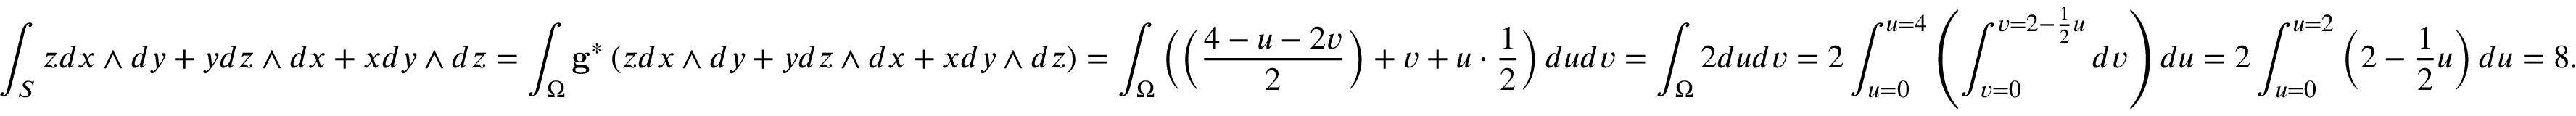
\int _ { S } z d x \wedge d y + y d z \wedge d x + x d y \wedge d z = \int _ { \Omega } \mathbf { g } ^ { * } \left( z d x \wedge d y + y d z \wedge d x + x d y \wedge d z \right) = \int _ { \Omega } \left( \left( \frac { 4 - u - 2 v } { 2 } \right) + v + u \cdot \frac { 1 } { 2 } \right) d u d v = \int _ { \Omega } 2 d u d v = 2 \int _ { u = 0 } ^ { u = 4 } \left( \int _ { v = 0 } ^ { v = 2 - \frac { 1 } { 2 } u } d v \right) d u = 2 \int _ { u = 0 } ^ { u = 2 } \left( 2 - \frac { 1 } { 2 } u \right) d u = 8 .